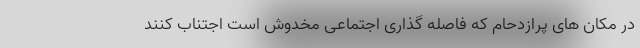
در مکان های پرازدحام که فاصله گذاری اجتماعی مخدوش است اجتناب کنند